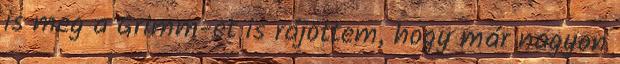
is meg a Grimm-et is rájöttem, hogy már nagyon